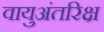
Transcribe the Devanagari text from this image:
वायुअंतरिक्ष